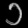
Digit: ၁